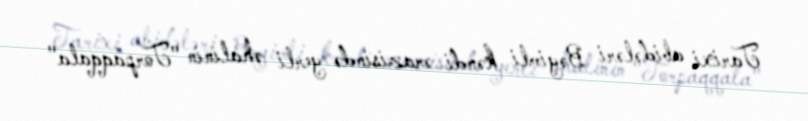
Tarixi abidələri Bəyimli kəndi ərazisində yerli əhalinin "Torpaqqala"